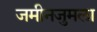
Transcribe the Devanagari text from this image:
जमीनजुमला